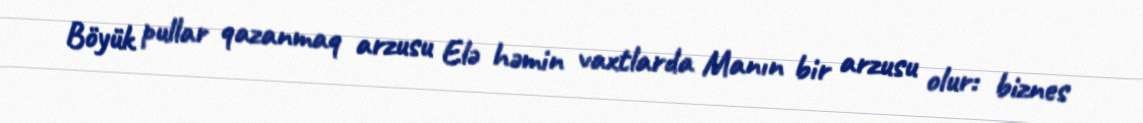
Böyük pullar qazanmaq arzusu Elə həmin vaxtlarda Manın bir arzusu olur: biznes